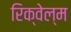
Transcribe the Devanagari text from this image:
रिक्वेल्म